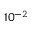
1 0 ^ { - 2 }